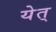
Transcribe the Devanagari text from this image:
येत्